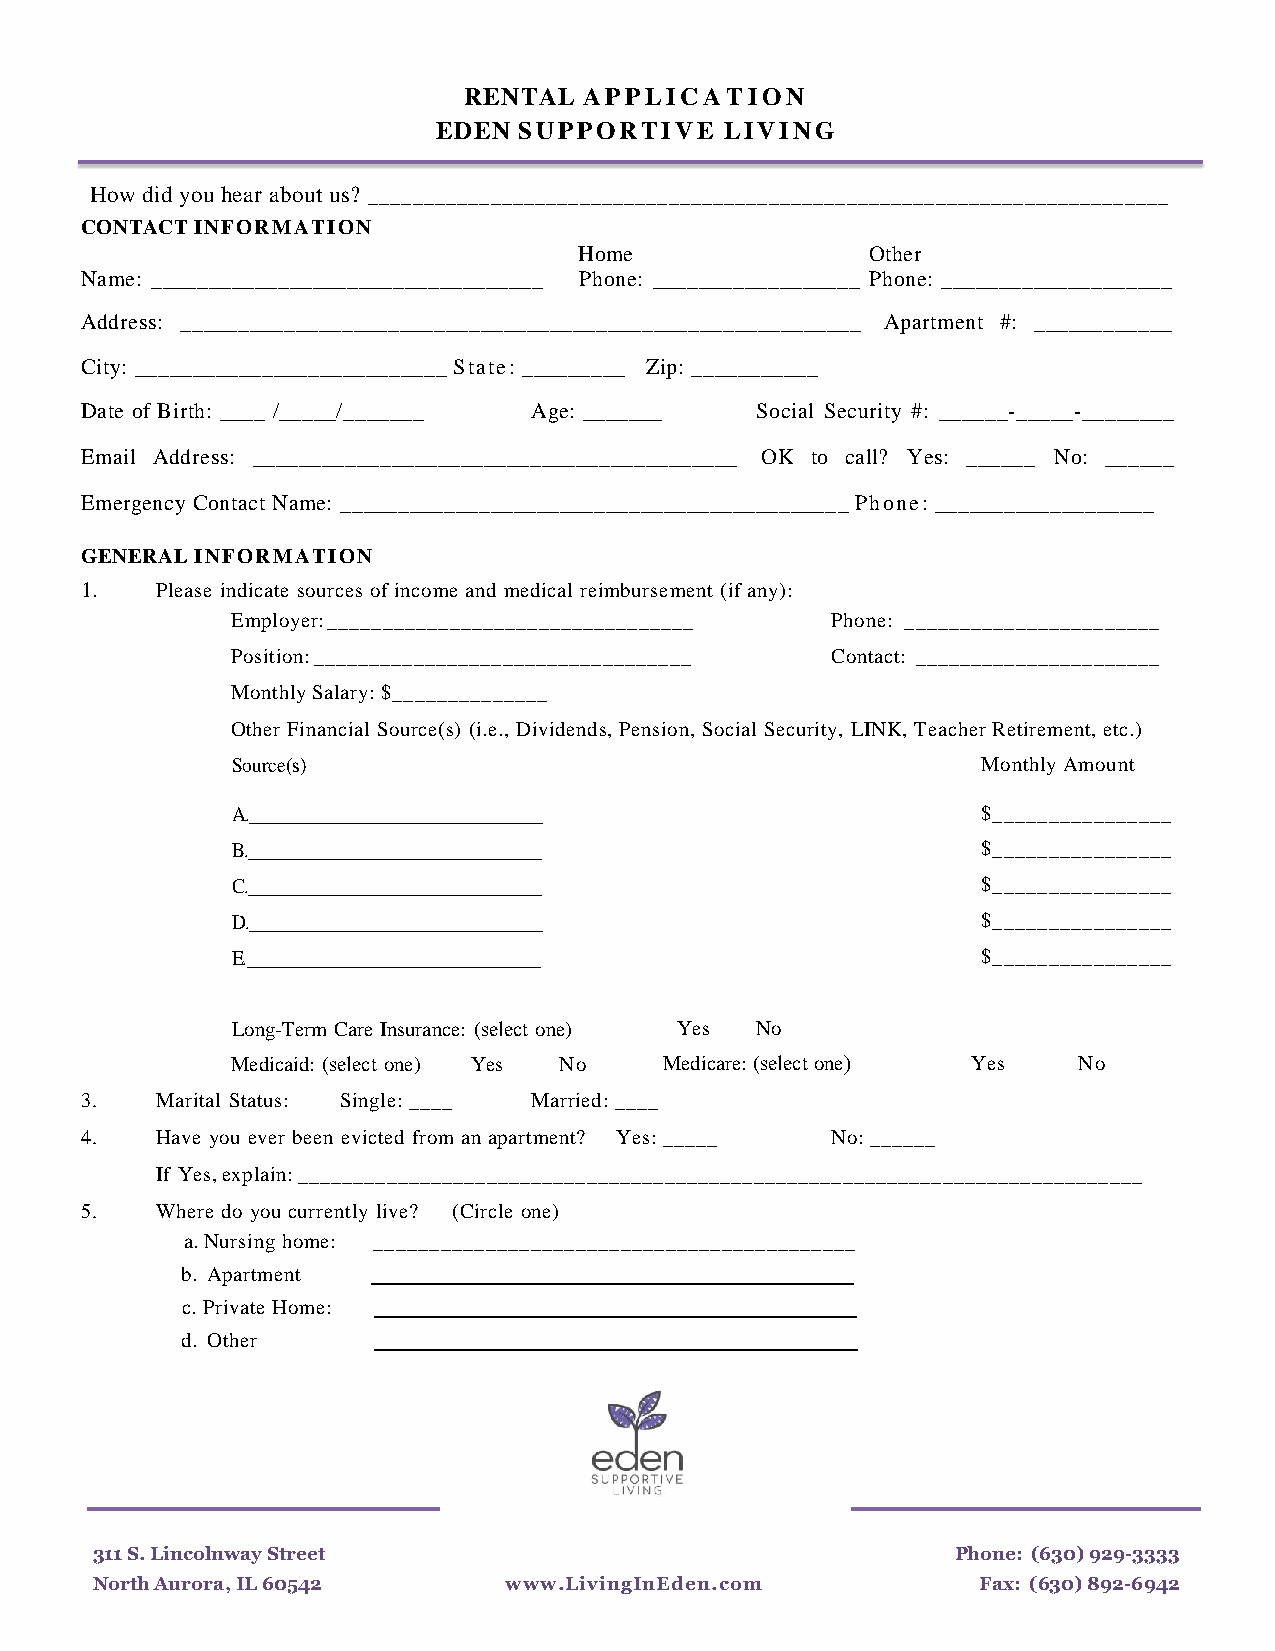
RENTAL  APPLICATION
 EDEN SUPPORTIVE    LIVING
 How did you hear about us? ________________________________________________________________________
 CONTACT INFORMATION
 Home                Other
 Name: __________________________________ Phone: __________________ Phone: ____________________
 Address: ___________________________________________________________ Apartment #: ____________
 City: ___________________________ State: _________ Zip: ___________
 Date of Birth: ____ /_____/_______ Age: _______ Social Security #: ______-_____-________
 Email Address: __________________________________________ OK to call? Yes: ______ No: ______
 Emergency Contact Name: ____________________________________________ Phone: ___________________
 GENERAL INFORMATION
 1.   Please indicate sources of income and medical reimbursement (if any):
 Employer: _________________________________ Phone: _______________________
 Position: __________________________________ Contact: ______________________
 Monthly Salary: $______________
 Other Financial Source(s) (i.e., Dividends, Pension, Social Security, LINK, Teacher Retirement, etc.)
 Source(s)                                         Monthly Amount
 A.______________________________                  $________________
 B.______________________________                  $________________
 C.______________________________                  $________________
 D.______________________________                  $________________
 E.______________________________                  $________________
 Long-Term Care Insurance: (select one) Yes No
 Medicaid: (select one) Yes No Medicare: (select one) Yes No
 3.   Marital Status: Single: ____ Married: ____
 4.   Have you ever been evicted from an apartment? Yes: _____ No: ______
 If Yes, explain: ____________________________________________________________________________
 5.   Where do you currently live? (Circle one)
 a.Nursing home: ___________________________________________
 b. Apartment
 c. Private Home:
 d. Other
 311 S. Lincolnway Street                                 Phone: (630) 929-3333
 North Aurora, IL 60542     www.LivingInEden.com            Fax: (630) 892-6942